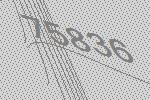
75836